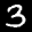
Label: 3